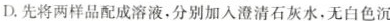
D. 先将两样品配成溶液，分别加入澄清石灰水，无白色沉